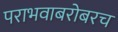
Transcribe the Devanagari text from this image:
पराभवाबरोबरच